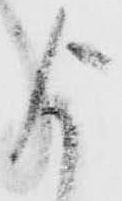
よ